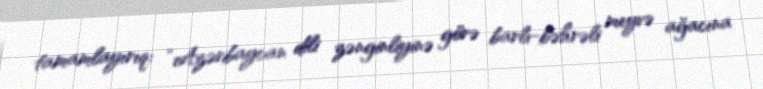
tamamlayırıq: “Azərbaycan dili zənginliyinə görə barlı-bəhrəli meyvə ağacına